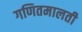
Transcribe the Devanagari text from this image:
गणितमालती